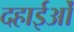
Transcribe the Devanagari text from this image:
दहाईओं